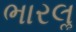
ભારલૢ